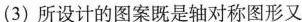
(3)所设计的图案既是轴对称图形又